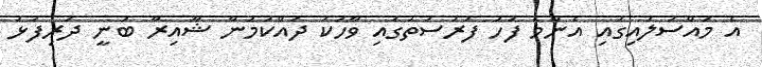
އެ މައްސަލައިގައި އެންމެ ފަހު ފުރުސަތުގައި ވާހަކަ ދައްކަމުން ޝާއިރާ ބުނީ ދަރިފުޅު